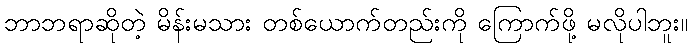
ဘာဘရာဆိုတဲ့ မိန်းမသား တစ်ယောက်တည်းကို ကြောက်ဖို့ မလိုပါဘူး။